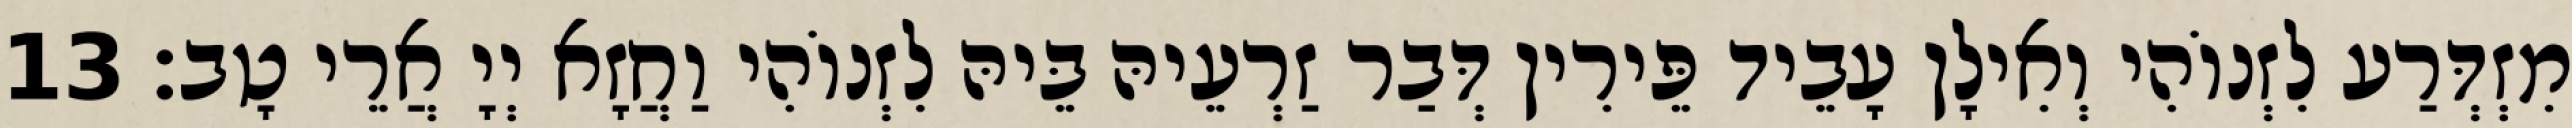
מִזְדְּרַע לִזְנוֹהִי וְאִילָן עָבֵיד פֵּירִין דְּבַר זַרְעֵיהּ בֵּיהּ לִזְנוֹהִי וַחֲזָא יְיָ אֲרֵי טָב׃ 13